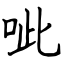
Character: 呲